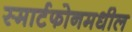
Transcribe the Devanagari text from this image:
स्मार्टफोनमधील